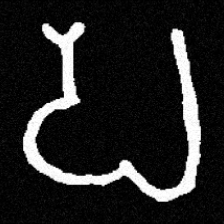
Pyu character \u2014 Myanmar letter: ပ (romanized: pa)